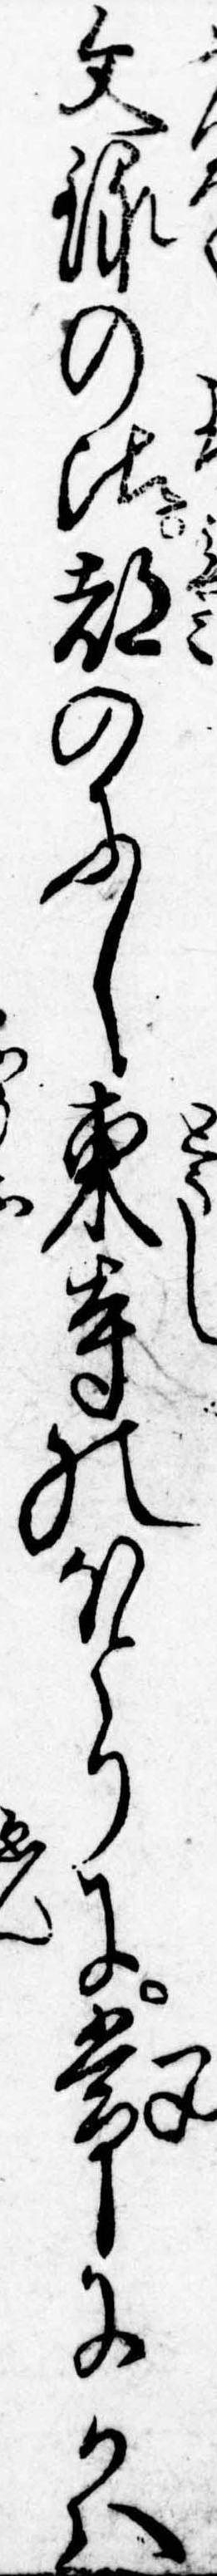
文禄の比都のにし東寺のほとりに常にかは